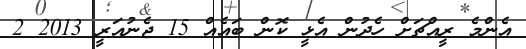
އެންމެ ރީއްޗަށް ހެދުން އެޅީ ކޮން ބައެއް 15 ޖެނުއަރީ 2013 2